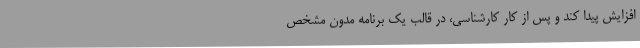
افزایش پیدا کند و پس از کار کارشناسی، در قالب یک برنامه مدون مشخص